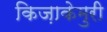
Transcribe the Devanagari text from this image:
किज़ाकेमुरी